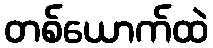
တစ်ယောက်ထဲ